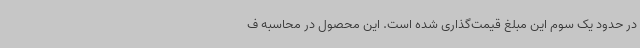
در حدود یک سوم این مبلغ قیمت‌گذاری شده است. این محصول در محاسبه ف